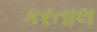
કરતાલ